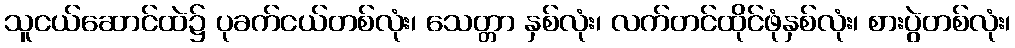
သူငယ်ဆောင်ထဲ၌ ပုခက်ငယ်တစ်လုံး၊ သေတ္တာ နှစ်လုံး၊ လက်တင်ထိုင်ဖုံနှစ်လုံး၊ စားပွဲတစ်လုံး၊